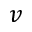
v